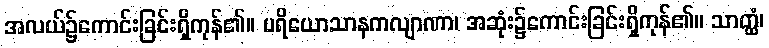
အလယ်၌ကောင်းခြင်းရှိကုန်၏။ ပရိယောသာနကလျာဏာ၊ အဆုံး၌ကောင်းခြင်းရှိကုန်၏။ သာတ္ထံ၊